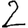
Digit: 2